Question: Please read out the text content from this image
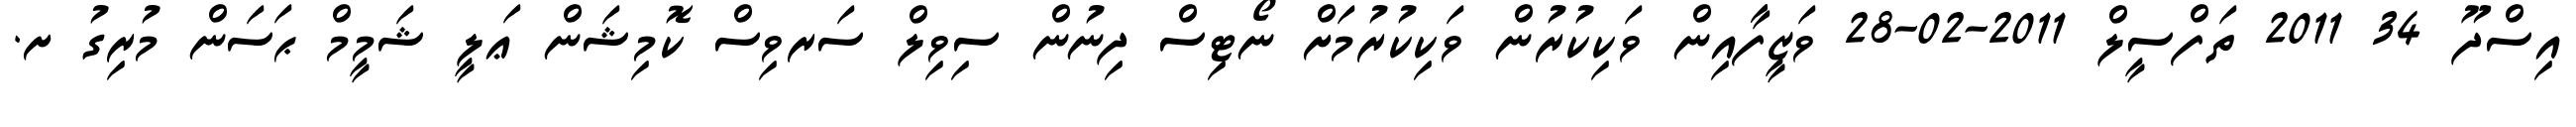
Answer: އިސްދޫ 34 2011 ތަފްސީލް 2011-02-28 ވަޒީފާއިން ވަކިކުރުން ވަކިކުރުމަށް ނޯޓިސް ދިނުން ސިވިލް ސަރވިސް ކޮމިޝަން ޢަލީ ޝަމީމް ޙަސަން މުރިގު ށ.